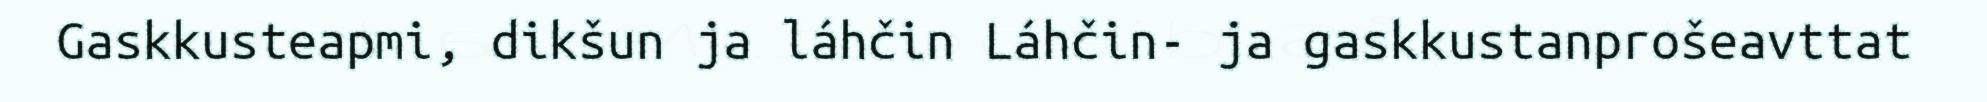
Gaskkusteapmi, dikšun ja láhčin Láhčin- ja gaskkustanprošeavttat